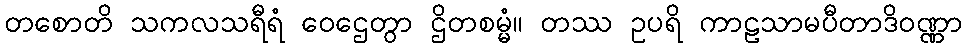
တစောတိ သကလသရီရံ ဝေဌေတွာ ဌိတစမ္မံ။ တဿ ဥပရိ ကာဠသာမပီတာဒိဝဏ္ဏာ